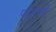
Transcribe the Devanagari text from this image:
पांडगो